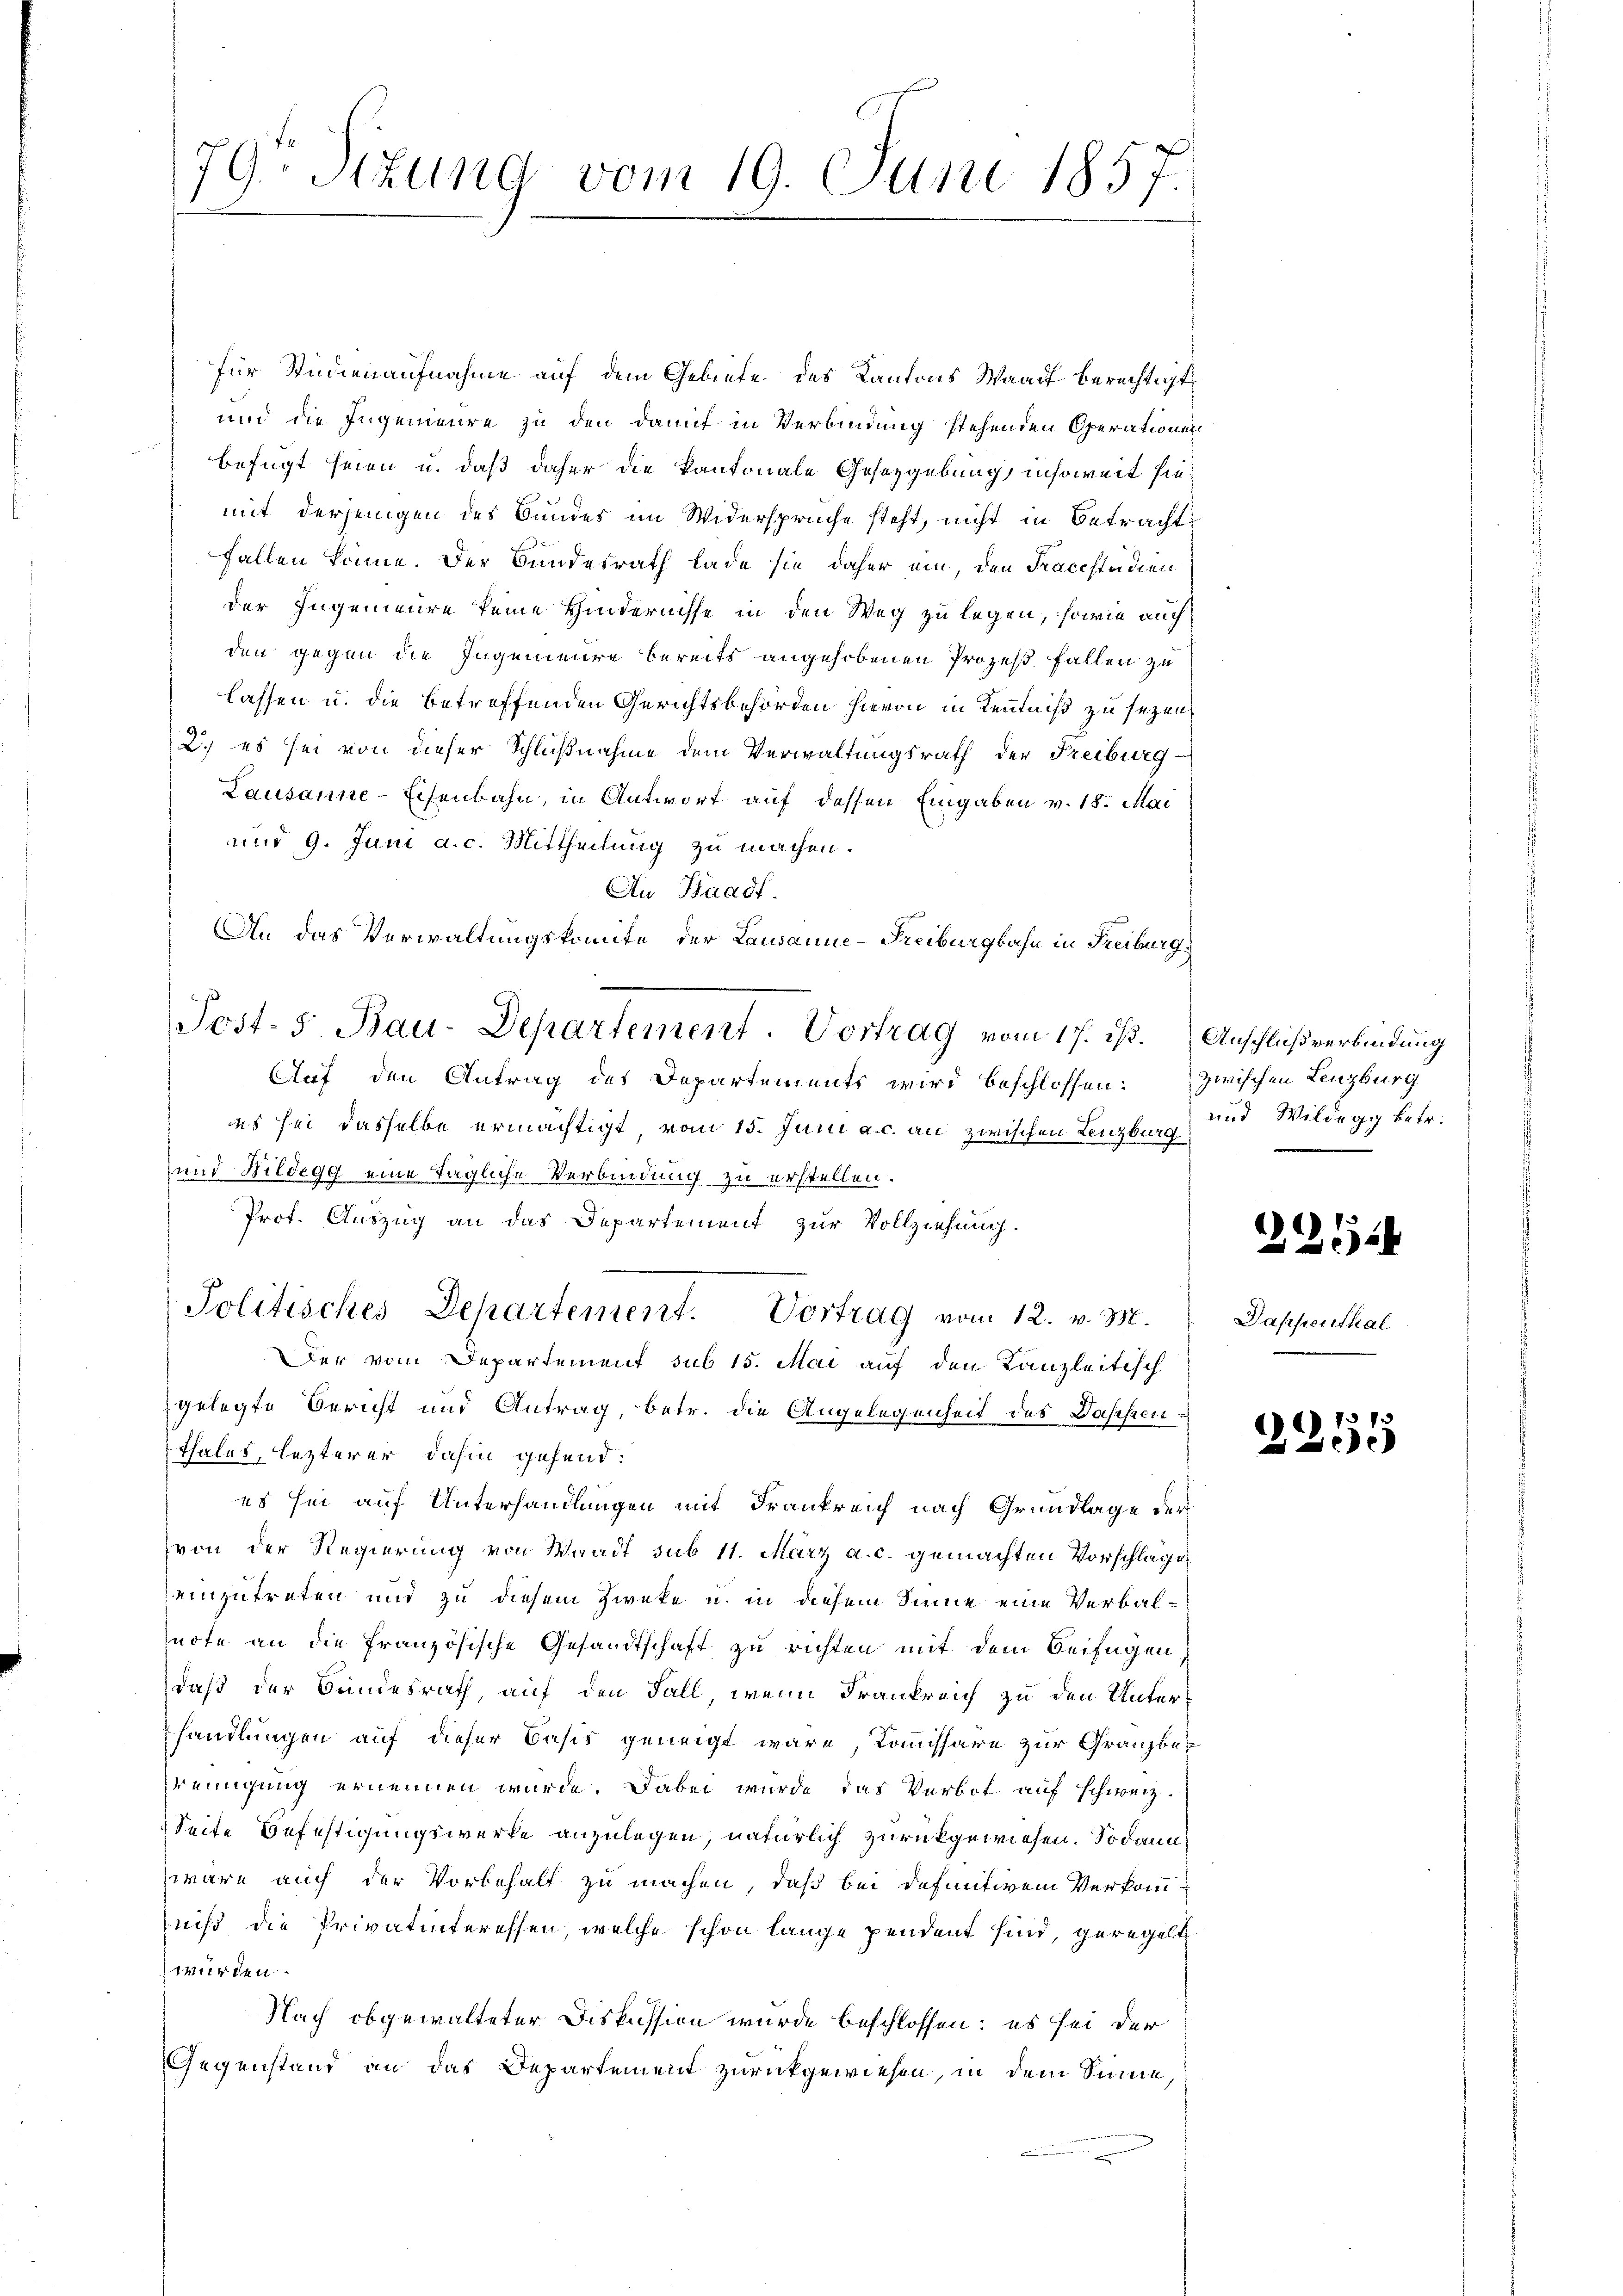
79 Stzung vom 19. Juni 1857.

für Stimmenaufnahme auf dem Gebiete des Kantons Waadt berechtigt
und die Ingenieure zu den damit in Verbindung stehenden Operationen

befugt seien u. daß daher die kantonale Gesetzgebung, insoweit siemit derjenigen des Bundes im Widersprüche steht, nicht in Betracht
fallen könne. Der Bundesrath lade sie daher ein, den Tracestudien
der Ingenieure keine Hindernisse in den Weg zu legen, sowie auch
den gegen die Ingenieure bereits angehobenen Prozeß fallen zu
lassen u. die betreffenden Gerichtsbehörden hievon in Kenntniß zu sezen,
2.) es sei von dieser Schlußnahme dem Verwaltungsrath der Freiburg
Lausanne-Eisenbahn, in Antwort auf dessen Eingaben v. 18. Mai
und 9. Juni a. c. Mittheilung zu machen.
Au Waadt.
An das Verwaltungskomite der Lausanne-Freiburgbahn in Freiburg,
Auf den Antrag des Departements wird beschlossen: Zwischen Lenzburg
des sei dasselbe ermächtigt, vom 15. Juni a. c. an zwischen Lenzburg
und Bildegg eine Tagliche Verbindung zu erstellen.
Prof. Auszug an das Departement zur Vollziehung.
Politisches Departement. Vortrag vom 12. v. M.
Der vom Departement sub 15. Mai auf den Kanzleitisch
gelegte Bericht und Antrag, betr. die Angelegenheit des Dassenthales, lezterer dahin gehend:
es sei auf Unterhandlungen mit Frankreich nach Grundlage der
von der Regierung von Waadt sub 11. März a. c. gemachten Vorschlage
einzutreten und zu diesem Zweke u. in diesem Sinne eine Verbalnote an die französische Gesandtschaft zu richten mit dem Beifügen
daß der Bundesrath, auf den Fall, wenn Frankreich zu den Unter-
handlungen auf dieser Basis geneigt wäre, Kommissäre zur Gränz(...)
reinigung ernennen wurde. Dabei wurde das Verbot auf schweiz.
Seite Befestigungswerke anzulegen, natürlich zurückgewiesen. Sodann
wäre auch der Vorbehalt zu machen, daß bei definitivem Verkomniß die Privatinteressen, welche schon lange pendent sind, geregelt
 wurden.
Nach abgewalteter Diskussion wurde beschlossen: es sei der
Gegenstand an das Departement zurückgewiesen, in dem Sinne,

Post- 5. Bau-Departement. Vortrag vom 17. ist. Anschlußverbindung

und Wildegg betr.

7
20

Dappenthal

2255